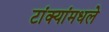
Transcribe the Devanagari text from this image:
टांक्यांमधले